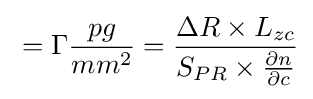
{}=\Gamma {\frac {pg}{mm^{2}}}={\frac {\Delta R\times L_{zc}}{S_{PR}\times {\frac {\partial n}{\partial c}}}}